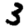
Digit: 3